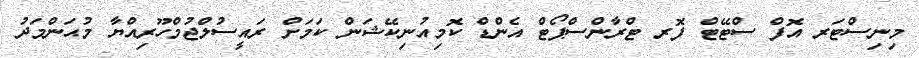
މިނިސްޓަރ އޮފް ސްޓޭޓް ފޮރ ޓްރާންސްޕޯޓް އެންޑް ކޮމިއުނިކޭޝަން ކަމަށް ރައީސުލްޖުމްހޫރިއްޔާ މުޙަންމަދު